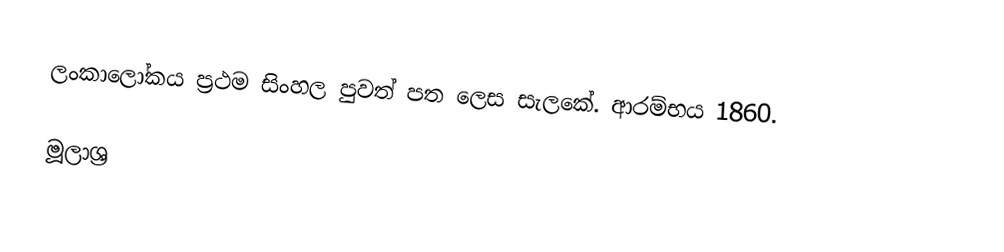
ලංකාලෝකය ප්‍රථම සිංහල පුවත් පත ලෙස සැලකේ. ආරම්භය 1860.

මූලාශ්‍ර